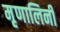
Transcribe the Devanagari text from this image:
मृृणालिनी